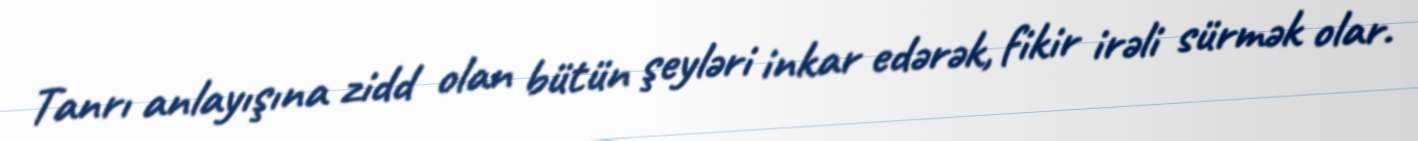
Tanrı anlayışına zidd olan bütün şeyləri inkar edərək, fikir irəli sürmək olar.